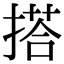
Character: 搭